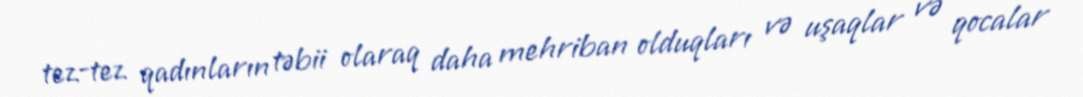
tez-tez qadınların təbii olaraq daha mehriban olduqları və uşaqlar və qocalar